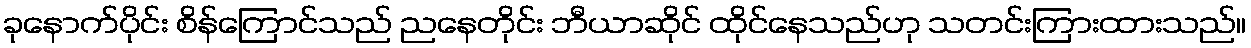
ခုနောက်ပိုင်း စိန်ကြောင်သည် ညနေတိုင်း ဘီယာဆိုင် ထိုင်နေသည်ဟု သတင်းကြားထားသည်။